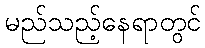
မည်သည့်နေရာတွင်